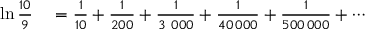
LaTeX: \begin{array} { r l } { \ln { \frac { 1 0 } { 9 } } } & { { } = { \frac { 1 } { 1 0 } } + { \frac { 1 } { 2 0 0 } } + { \frac { 1 } { 3 \ 0 0 0 } } + { \frac { 1 } { 4 0 \, 0 0 0 } } + { \frac { 1 } { 5 0 0 \, 0 0 0 } } + \cdots } \end{array}